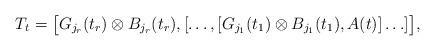
LaTeX: \begin{align*} T_t = \big[G_{j_r} (t_r) \otimes B_{j_r}(t_r),[\ldots,[G_{j_1} (t_1) \otimes B_{j_1}(t_1), A(t)]\ldots ]\big],\end{align*}